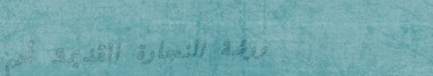
ورشة النجارة القديمة: أعم